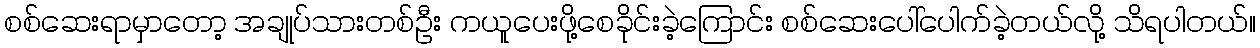
စစ်ဆေးရာမှာတော့ အချုပ်သားတစ်ဦး ကယူပေးဖို့စေခိုင်းခဲ့ကြောင်း စစ်ဆေးပေါ်ပေါက်ခဲ့တယ်လို့ သိရပါတယ်။